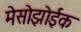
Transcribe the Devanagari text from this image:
मेसोझोईक